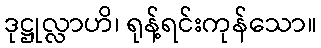
ဒုဋ္ဌုလ္လာဟိ၊ ရုန့်ရင်းကုန်သော။